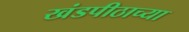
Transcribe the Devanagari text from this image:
खंडपीठाच्या